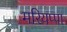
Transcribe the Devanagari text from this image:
मरियप्पा